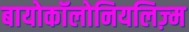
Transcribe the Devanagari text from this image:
बायोकॉलोनियलिज़्म